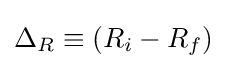
\Delta _{R}\equiv (R_{i}-R_{f})